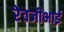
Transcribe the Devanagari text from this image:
रेवजीभाई